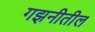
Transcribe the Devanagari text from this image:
गझनीतील